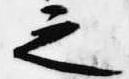
之